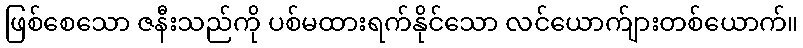
ဖြစ်စေသော ဇနီးသည်ကို ပစ်မထားရက်နိုင်သော လင်ယောက်ျားတစ်ယောက်။